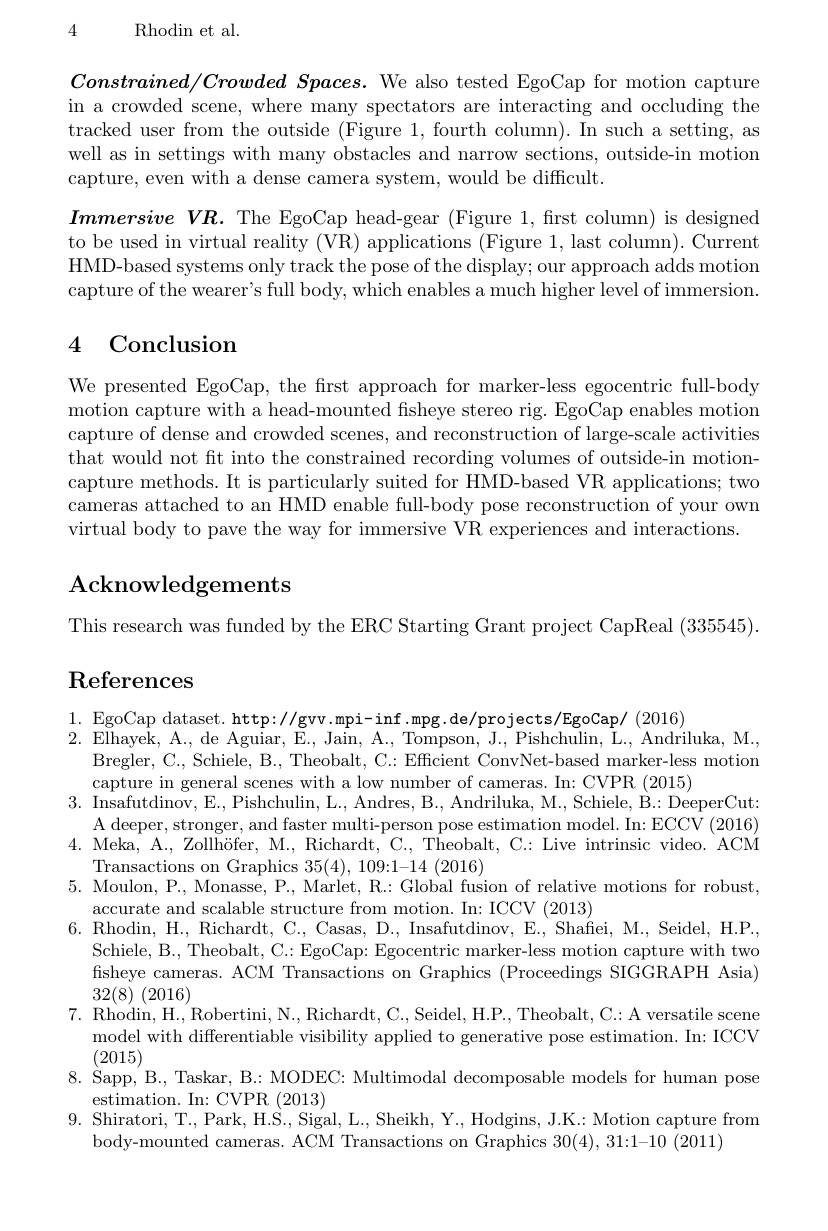
4 Rhodin et al.

$Constrained/ Crowded\textit{ Spaces. We also tested EgoCap for motion capture}$ in a crowded scene, where many spectators are interacting and occluding the tracked user from the outside (Figure 1, fourth column). In such a setting, as well as in settings with many obstacles and narrow sections, outside-in motion capture, even with a dense camera system, would be difficult.

$ImmersiveVR.$ The EgoCap head-gear (Figure 1, first column) is designed to be used in virtual reality (VR) applications (Figure 1, last column). Current HMD-based systems only track the pose of the display; our approach adds motion capture of the wearer's full body, which enables a much higher level of immersion.

# 4 Conclusion

We presented EgoCap, the first approach for marker-less egocentric full-body motion capture with a head-mounted fisheye stereo rig. EgoCap enables motion capture of dense and crowded scenes, and reconstruction of large-scale activities that would not fit into the constrained recording volumes of outside-in motioncapture methods. It is particularly suited for HMD-based VR applications; two cameras attached to an HMD enable full-body pose reconstruction of your own virtual body to pave the way for immersive VR experiences and interactions.

## $\mathbf{Acknowledgements}$

This research was funded by the ERC Starting Grant project CapReal (335545).

# $\operatorname{References}$

1. EgoCap dataset. http://gvv.mpi-inf.mpg.de/projects/EgoCap/ (2016)
2.Elhayek, A., de Aguiar, E., Jain, A., Tompson, J., Pishchulin, L., Andriluka, M.,
Bregler, C., Schiele, B., Theobalt, C.: Efficient ConvNet-based marker-less motion
capture in general scenes with a low number of cameras. In: CVPR (2015)
3. Insafutdinov, E., Pishchulin, L., Andres, B., Andriluka, M., Schiele, B.: DeeperCut:
A deeper, stronger, and faster multi-person pose estimation model. In: ECCV (2016) 4. Meka, A., Zollhöfer, M., Richardt, C., Theobalt, C.: Live intrinsic video. ACM
Transactions on Graphics $35(4),109:1-14\pmod{2016}$
5. Moulon, P., Monasse, P., Marlet, R.: Global fusion of relative motions for robust,
accurate and scalable structure from motion. In: ICCV (2013)
6.Rhodin, H., Richardt, C., Casas, D., Insafutdinov, E., Shafiei, M., Seidel, H.P.,
Schiele, B., Theobalt, C.: EgoCap: Egocentric marker-less motion capture with two fisheye cameras. ACM Transactions on Graphics (Proceedings SIGGRAPH Asia) $32(8)\pmod{}$
7. Rhodin, H., Robertini, N., Richardt, C.., Seidel, H.P., Theobalt, C.: A versatile scene
model with differentiable visibility applied to generative pose estimation. In: ICCV
(2015)
8. Sapp, B., Taskar, B.: MODEC: Multimodal decomposable models for human pose
estimation. In: CVPR (2013)
9. Shiratori, T., Park, H.S., Sigal, L., Sheikh, Y., Hodgins, J.K.: Motion capture from
body-mounted cameras. ACM Transactions on Graphics 30(4), 31:1-10 (2011)